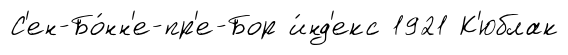
С'ен-Бо́нн'е-пр'е-Бор и́нд'екс 1921 К'юблак